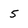
Character: 5